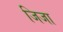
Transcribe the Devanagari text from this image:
जिजा